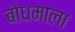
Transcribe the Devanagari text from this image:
बोधमाला